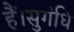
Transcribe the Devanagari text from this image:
हैं।सुगंधि